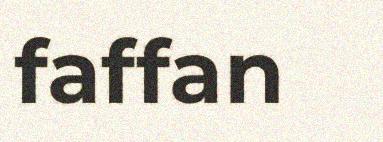
faffan